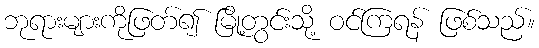
ဘုရားများကိုဖြတ်၍ မြို့တွင်းသို့ ဝင်ကြရန် ဖြစ်သည်။